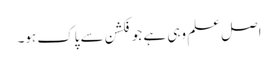
اصل علم وہی ہے جو فکشن سے پاک ہو۔